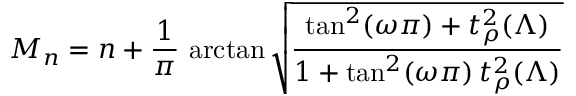
M _ { n } = n + \frac { 1 } { \pi } \, \arctan \sqrt { \frac { \tan ^ { 2 } ( \omega \pi ) + t _ { \rho } ^ { 2 } ( \Lambda ) } { 1 + \tan ^ { 2 } ( \omega \pi ) \, t _ { \rho } ^ { 2 } ( \Lambda ) } }